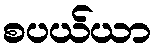
စပယ်ယာ